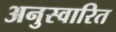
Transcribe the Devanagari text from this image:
अनुस्वारित